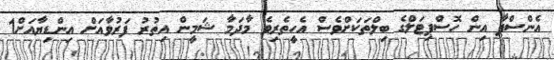
އެންސްޕާ އިން ހޮސްޕިޓަލްގެ ބިލްތަކަށްވެސް އެހީތެރިވެ މާދަމާ ޝަމީން އިތުރު ފަރުވާއަށް އިންޑިޔާއަށް1